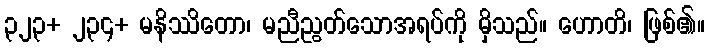
၃၂၃+ ၂၃၄+ မနိဿိတော၊ မညီညွတ်သောအရပ်ကို မှိသည်။ ဟောတိ၊ ဖြစ်၏။